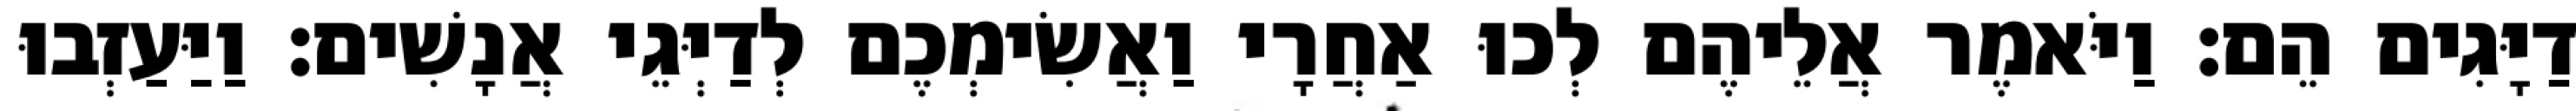
דַיָּגִים הֵם׃ וַיֹּאמֶר אֲלֵיהֶם לְכוּ אַחֲרָי וַאֲשִׂימְכֶם לְדַיְּגֵי אֲנָשִׁים׃ וַיַּעַזְבוּ